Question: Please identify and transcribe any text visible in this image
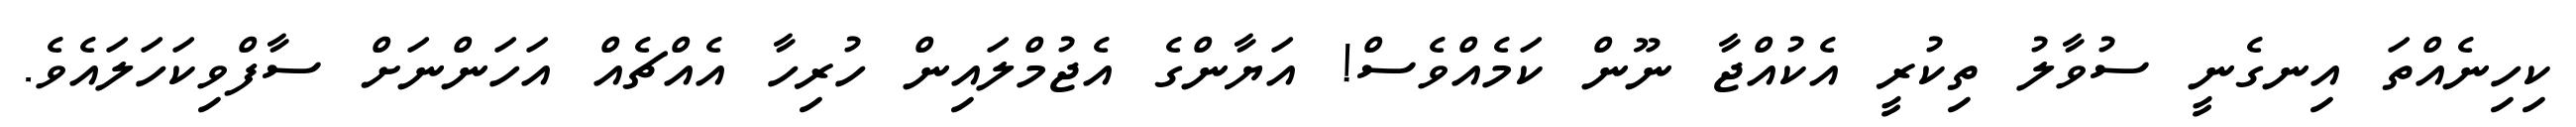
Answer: ކިހިނެއްތަ އިނގެނީ ސުވާލު ތިކުރީ އެކުއްޖާ ނޫން ކަމެއްވެސް! އަޔާންގެ އެޖުމްލައިން ހުރިހާ އެއްޗެއް އަހަންނަށް ސާފްވިކަހަލައެވެ.